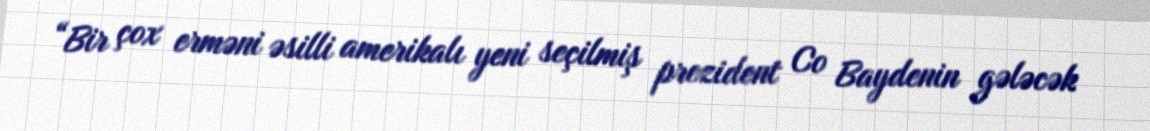
“Bir çox erməni əsilli amerikalı yeni seçilmiş prezident Co Baydenin gələcək